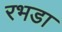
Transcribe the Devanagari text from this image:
रभडा